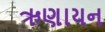
ઋણાયન